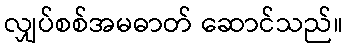
လျှပ်စစ်အမဓာတ် ဆောင်သည်။